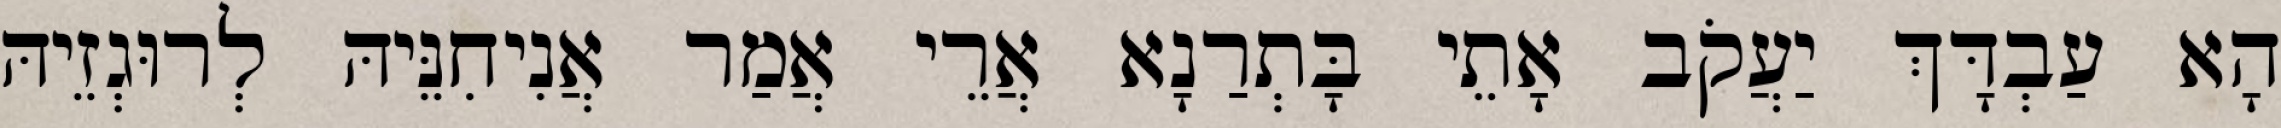
הָא עַבְדָּךְ יַעֲקֹב אָתֵי בָּתְרַנָא אֲרֵי אֲמַר אֲנִיחִנֵּיהּ לְרוּגְזֵיהּ